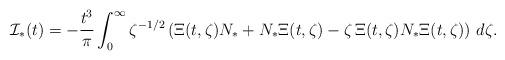
LaTeX: \begin{align*}{\mathcal I}_*(t)= -\frac{t^3}{\pi} \int_{0}^{\infty} \zeta^{-1/2} \left( \Xi (t,\zeta) N_* + N_* \Xi (t,\zeta) - \zeta \,\Xi (t,\zeta) N_* \Xi (t,\zeta)\right) \, d\zeta.\end{align*}